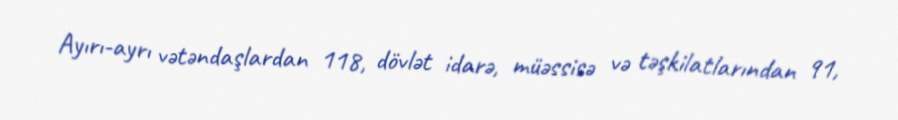
Ayırı-ayrı vətəndaşlardan 118, dövlət idarə, müəssisə və təşkilatlarından 91,